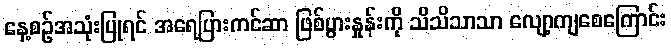
နေ့စဉ်အသုံးပြုရင် အရေပြားကင်ဆာ ဖြစ်ပွားနှုန်းကို သိသိသာသာ လျော့ကျစေကြောင်း